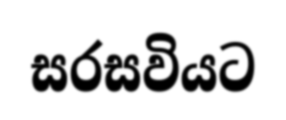
සරසවියට